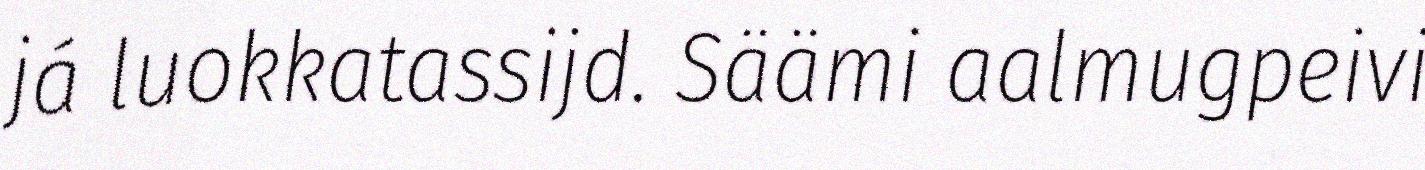
já luokkatassijd. Säämi aalmugpeivi